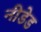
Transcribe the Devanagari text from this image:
नीडेड